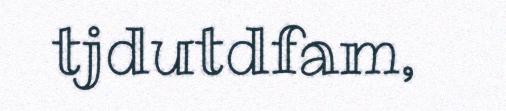
tjdutdfam,